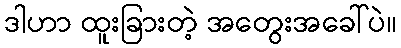
ဒါဟာ ထူးခြားတဲ့ အတွေးအခေါ်ပဲ။